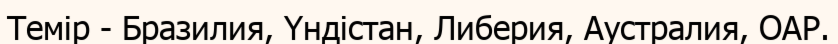
Темір - Бразилия, Үндістан, Либерия, Аустралия, ОАР.